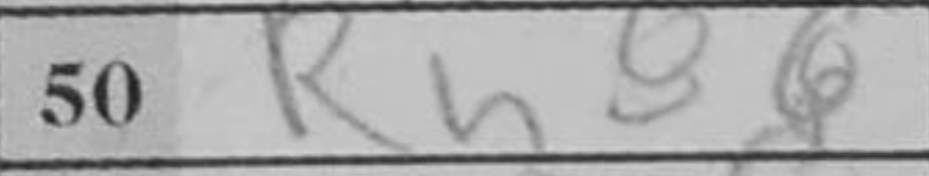
Transcription: Rh8